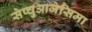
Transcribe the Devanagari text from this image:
सेप्चुआजेसिमा